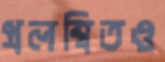
প্রলম্বিতও